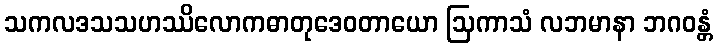
သကလဒသသဟဿိလောကဓာတုဒေဝတာယော ဩကာသံ လဘမာနာ ဘဂဝန္တံ